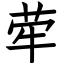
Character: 荦